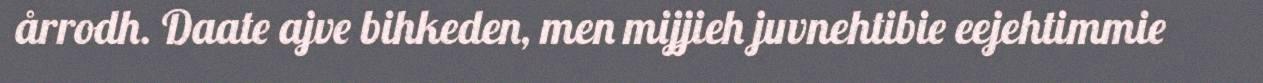
årrodh. Daate ajve bihkeden, men mijjieh juvnehtibie eejehtimmie